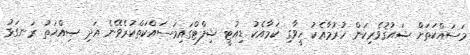
މަސައްކަތަށް ޝައުޤުވެރިކަން ހުރުމާއެކު ހީވާގި ކަމާއެކު ޑިއުޓީ ޝިފްޓްގައިމަސައްކަތްކުރެވޭނެ އަދި ޞިއްޙަތު ރަނގަޅު